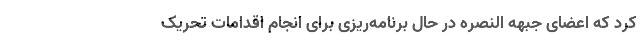
کرد که اعضای جبهه النصره در حال برنامه‌ریزی برای انجام اقدامات تحریک